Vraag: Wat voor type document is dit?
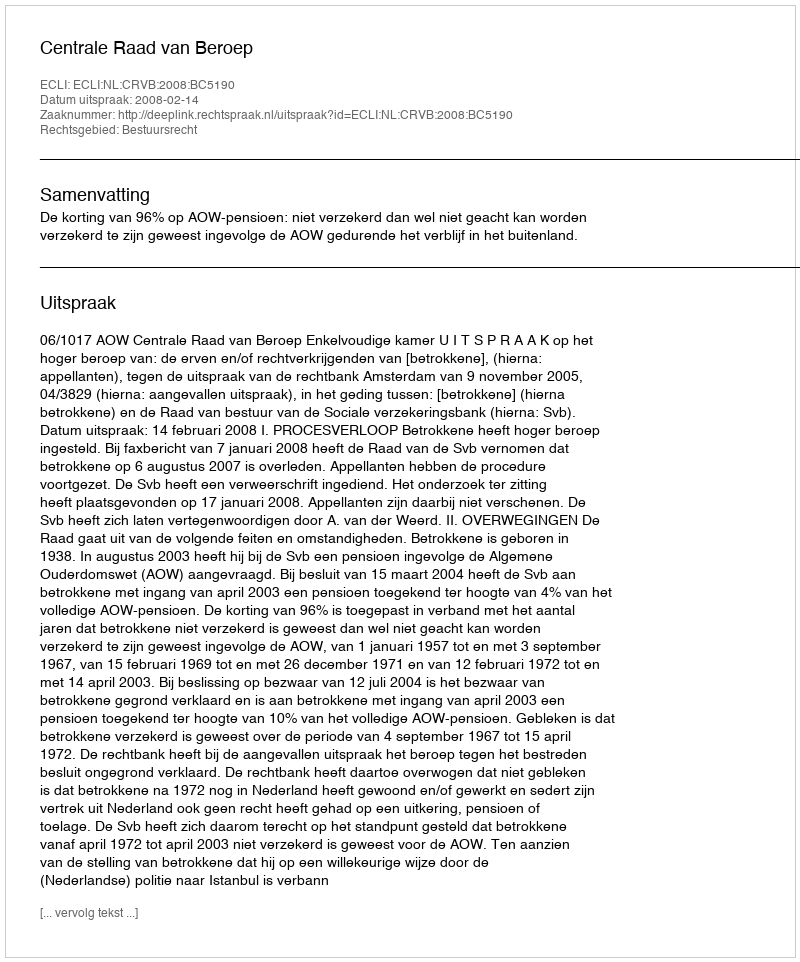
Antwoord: Uitspraak